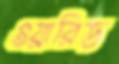
ওয়ারিড